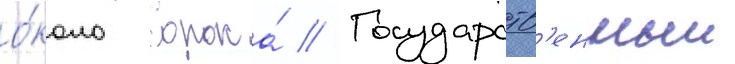
о́коло сорока́ // Государств'енныи